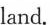
After this mission, China plans to visit Mars again in 2028,aiming to collect soil from the surface of